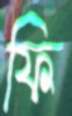
ফি